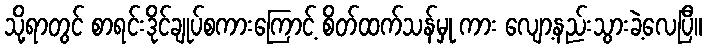
သို့ရာတွင် စာရင်းဒိုင်ချုပ်စကားကြောင့် စိတ်ထက်သန်မှု ကား လျော့နည်းသွားခဲ့လေပြီ။